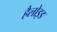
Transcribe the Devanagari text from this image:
हैलोइड